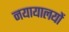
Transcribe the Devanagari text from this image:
नयायालयों